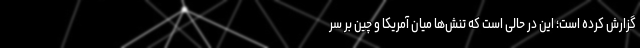
گزارش کرده است؛ این در حالی است که تنش‌ها میان آمریکا و چین بر سر